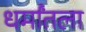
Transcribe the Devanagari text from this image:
धर्मांतला